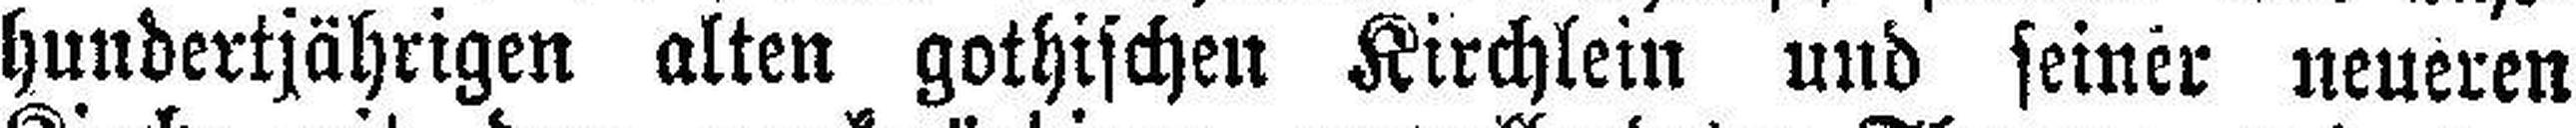
hundertjährigen alten gothischen Kirchlein und seiner neueren